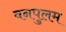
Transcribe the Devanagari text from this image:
वनपुलम